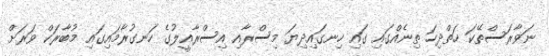
ނަވާރަސްތޭކަ ހަތްދިހަ ތިނެއްގައި ގައި ހިނގައިދިޔަ މިސްރާއި އިސްރާއީލުގެ ހަނގުރާމައިގައި މުބާރަކް ވަރަށް